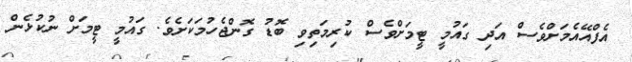
އެފްއޭއެމަށްވެސް އަދި ގައުމީ ޓީމަށްވެސް ކުރިމަތިވި ބޮޑު ގޮންޖެހުމަކަށެވެ. ގައުމީ ޓީމަށް ނުކުޅެން